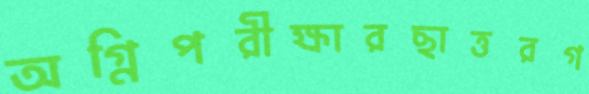
অগ্নিপরীক্ষারছাত্তরগ